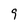
Character: 9